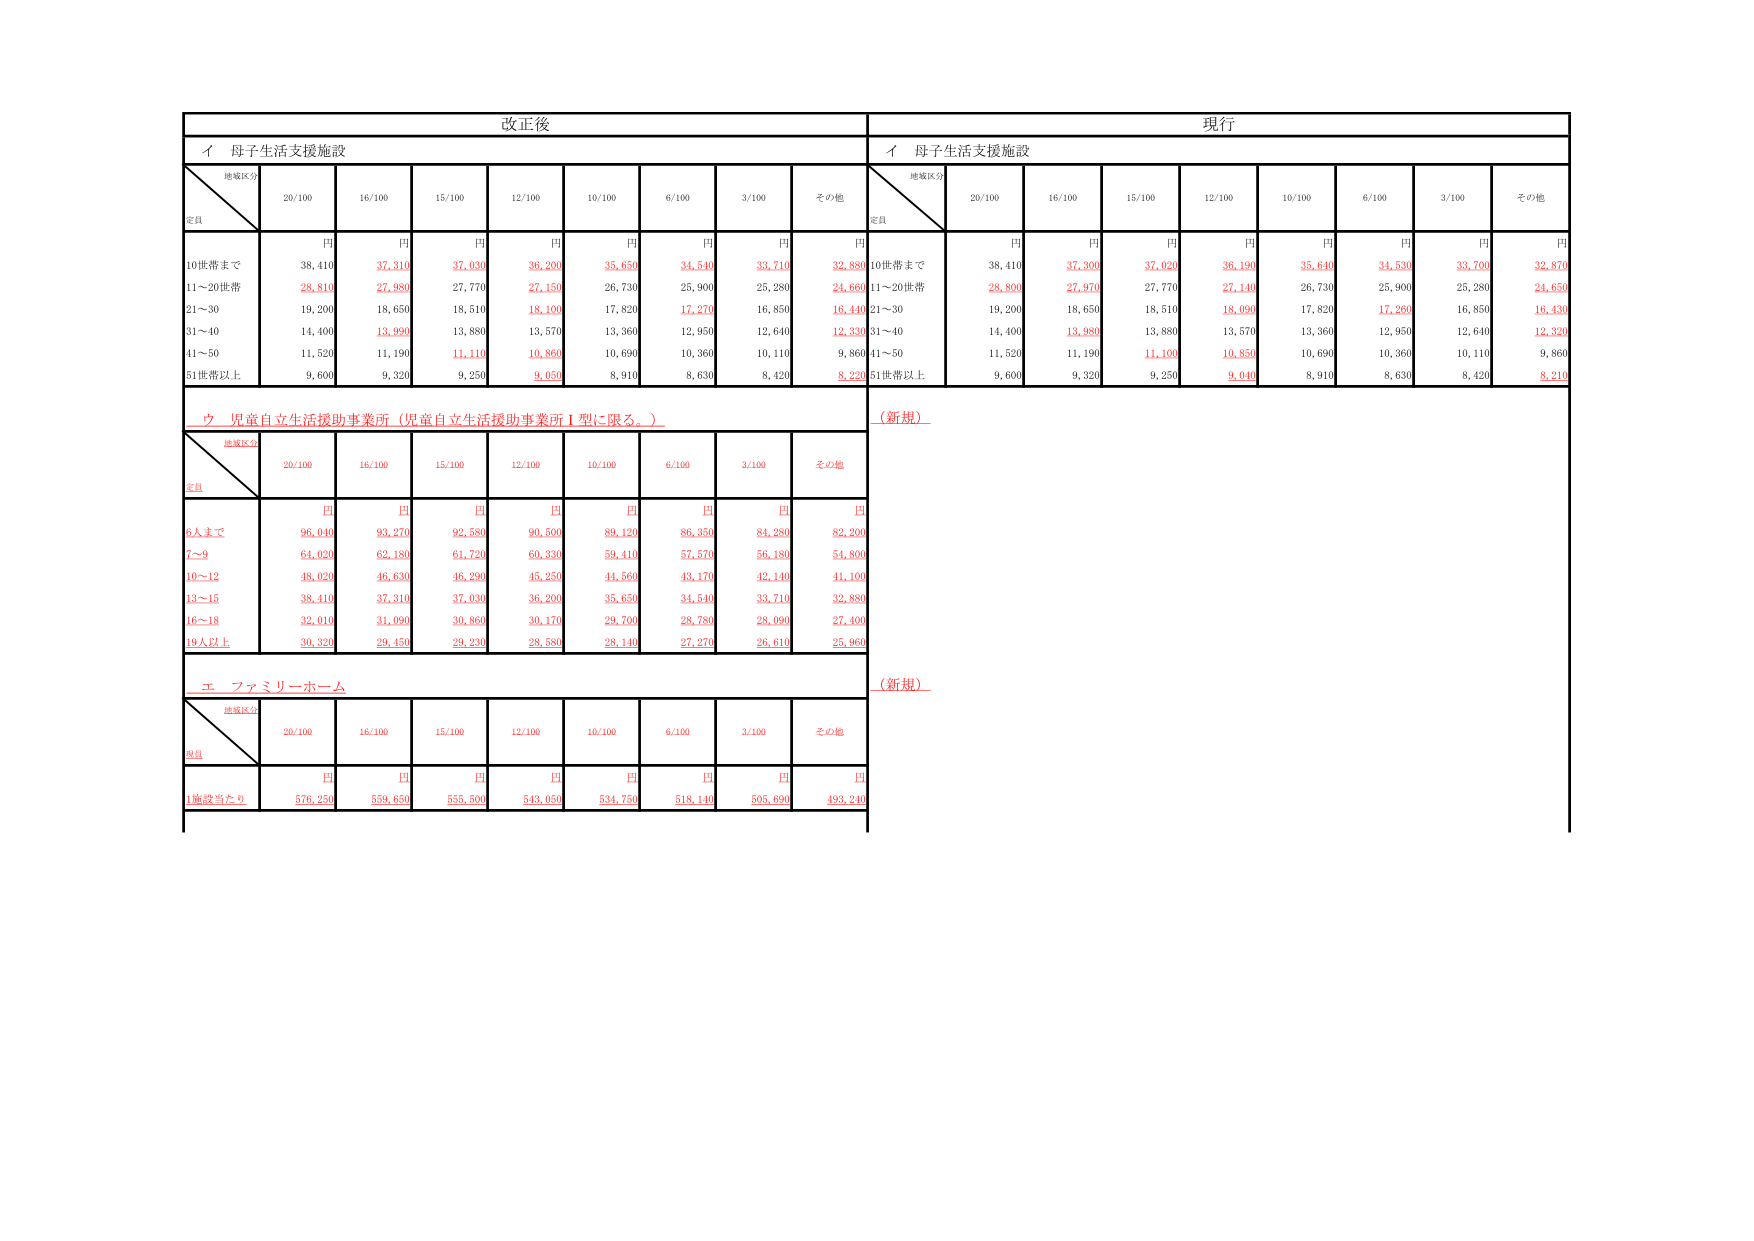
改正後
現行
イ 母子生活支援施設
イ 母子生活支援施設
地域区分
定員
20/100
16/100
15/100
12/100
10/100
6/100
3/100
その他
地域区分
定員
20/100
16/100
15/100
12/100
10/100
6/100
3/100
その他
円
円
円
円
円
円
円
円
円
円
円
円
円
円
円
円
円
円
10世帯まで
38,410
37,310
37,030
36,200
35,650
34,540
33,710
32,880
10世帯まで
38,410
37,300
37,020
36,190
35,640
34,530
33,700
32,870
11～20世帯
28,810
27,980
27,770
27,150
26,730
25,900
25,280
24,660
11～20世帯
28,800
27,970
27,770
27,140
26,730
25,900
25,280
24,650
21～30
19,200
18,650
18,510
18,100
17,820
17,270
16,850
16,440
21～30
19,200
18,650
18,510
18,090
17,820
17,260
16,850
16,430
31～40
14,400
13,990
13,880
13,570
13,360
12,950
12,640
12,330
31～40
14,400
13,980
13,880
13,570
13,360
12,950
12,640
12,320
41～50
11,520
11,190
11,110
10,860
10,690
10,360
10,110
9,860
41～50
11,520
11,190
11,100
10,850
10,690
10,360
10,110
9,860
51世帯以上
9,600
9,320
9,250
9,050
8,910
8,630
8,420
8,220
51世帯以上
9,600
9,320
9,250
9,040
8,910
8,630
8,420
8,210
ウ 児童自立生活援助事業所（児童自立生活援助事業所Ⅰ型に限る。）
（新規）
地域区分
定員
20/100
16/100
15/100
12/100
10/100
6/100
3/100
その他
円
円
円
円
円
円
円
円
6人まで
96,040
93,270
92,580
90,500
89,120
86,350
84,280
82,200
7～9
64,020
62,180
61,720
60,330
59,410
57,570
56,180
54,800
10～12
48,020
46,630
46,290
45,250
44,560
43,170
42,140
41,100
13～15
38,410
37,310
37,030
36,200
35,650
34,540
33,710
32,880
16～18
32,010
31,090
30,860
30,170
29,700
28,780
28,090
27,400
19人以上
30,320
29,450
29,230
28,580
28,140
27,270
26,610
25,960
エ ファミリーホーム
（新規）
地域区分
規員
20/100
16/100
15/100
12/100
10/100
6/100
3/100
その他
円
円
円
円
円
円
円
円
1施設当たり
576,250
559,650
555,500
543,050
534,750
518,140
505,690
493,240